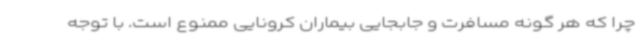
چرا که هر گونه مسافرت و جابجایی بیماران کرونایی ممنوع است. با توجه